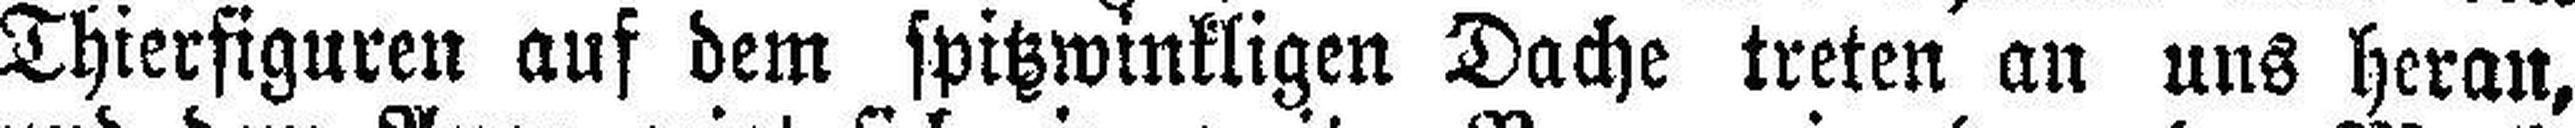
Thierfiguren auf dem spitzwinkligen Dache treten an uns heran,